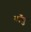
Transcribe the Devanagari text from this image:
नॉबु